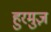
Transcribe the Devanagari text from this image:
हुरमुज़